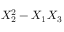
X _ { 2 } ^ { 2 } - X _ { 1 } X _ { 3 }